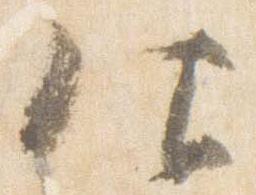
仰